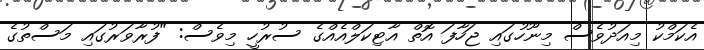
އެކަމްކު މިއަދުވެސް މިނޫހުގައި ޖަހާފަ އޮތް އާޓިކަލްއެއްގެ ސުރުހީ މިވެސް: "ފުރާވަރުގައި މަސްތުގެ